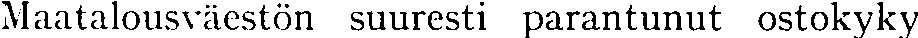
Maatalousväestön suuresti parantunut ostokyky